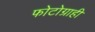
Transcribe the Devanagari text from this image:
फोटोग्राही